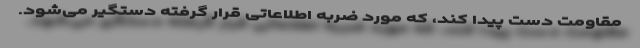
مقاومت دست پیدا کند، که مورد ضربه اطلاعاتی قرار گرفته دستگیر می‌شود.